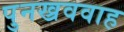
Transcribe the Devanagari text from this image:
पुनख्रववाह